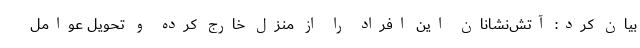
بیان کرد: آتش‌نشانان این افراد را از منزل خارج کرده و تحویل عوامل